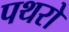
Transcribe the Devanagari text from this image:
पथरो